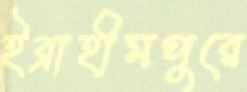
ইব্রাহীমপুরে